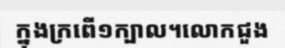
ក្នុងក្រពើ១ក្បាល។លោកជួង